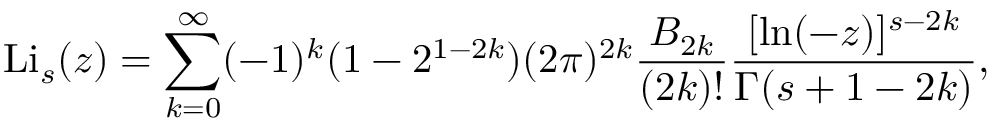
\operatorname { L i } _ { s } ( z ) = \sum _ { k = 0 } ^ { \infty } ( - 1 ) ^ { k } ( 1 - 2 ^ { 1 - 2 k } ) ( 2 \pi ) ^ { 2 k } { \frac { B _ { 2 k } } { ( 2 k ) ! } } { \frac { [ \ln ( - z ) ] ^ { s - 2 k } } { \Gamma ( s + 1 - 2 k ) } } ,